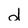
Character: d